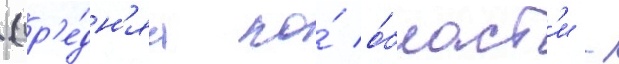
(ср'е́дн'яа по́ о́бласт'и -